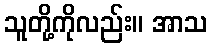
သူတို့ကိုလည်း။ အာသ